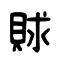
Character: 賕